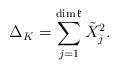
LaTeX: \begin{align*}\Delta_{K}=\sum_{j=1}^{\dim\mathfrak{k}}\tilde{X}_{j}^{2}.\end{align*}